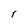
Character: r